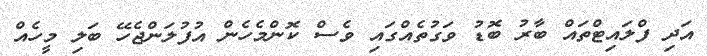
އަދި ފްލައިޓްތައް ބާރު ބޮޑު ވަގުތެއްގައި ވެސް ކޮންމެހެން އުފުލަންޖެހޭ ބަލި މީހެއް